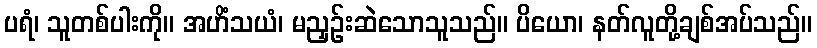
ပရံ၊ သူတစ်ပါးကို။ အဟိံသယံ၊ မညှဉ်းဆဲသောသူသည်။ ပိယော၊ နတ်လူတို့ချစ်အပ်သည်။